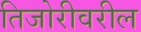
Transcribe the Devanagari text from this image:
तिजोरीवरील